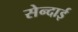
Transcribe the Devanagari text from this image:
सेन्दाई